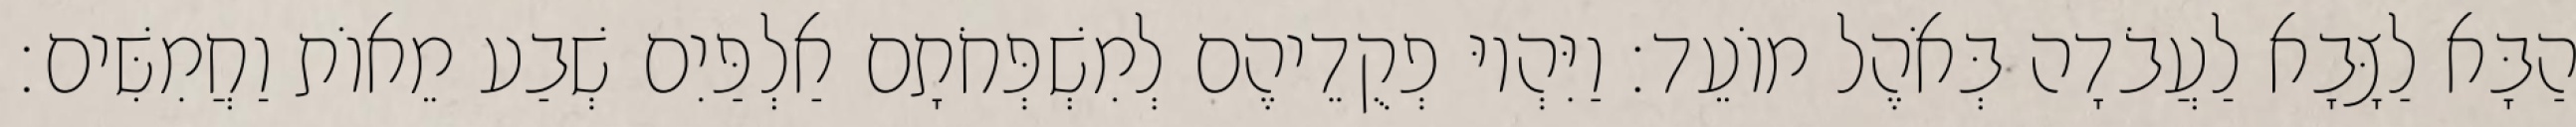
הַבָּא לַצָּבָא לַעֲבֹדָה בְּאֹהֶל מוֹעֵד׃ וַיִּהְיוּ פְקֻדֵיהֶם לְמִשְׁפְּחֹתָם אַלְפַּיִם שְׁבַע מֵאוֹת וַחֲמִשִּׁים׃